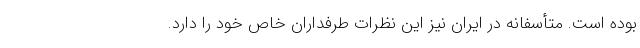
بوده است. متأسفانه در ایران نیز این نظرات طرفداران خاص خود را دارد.